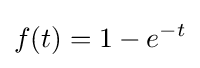
f(t)=1-e^{-t}